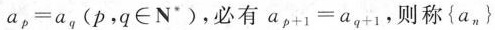
$$a_{p} =a_{q}$$ (ρ，q∈N^{*})，必有$$a_{p+1} =a_{q+1}$$，则称$${a_{n} }$$